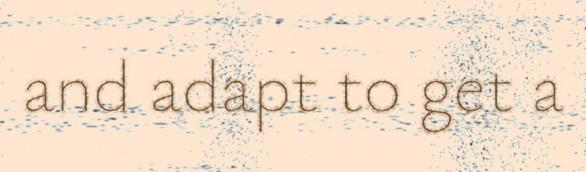
and adapt to get a